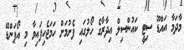
މާދަމާ އައްޑޫ ސިޓީ ކައުންސިލް އިދާރާގެ ހޯލުގައި ފެށުމަށް ހަމަޖެހިފައިވާ މި އޯޕަންޑޭ